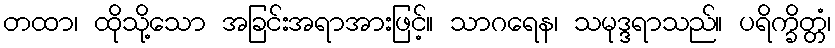
တထာ၊ ထိုသို့သော အခြင်းအရာအားဖြင့်။ သာဂရေန၊ သမုဒ္ဒရာသည်။ ပရိက္ခိတ္တံ၊